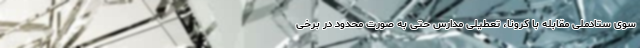
سوی ستادملی مقابله با کرونا، تعطیلی مدارس حتی به صورت محدود در برخی